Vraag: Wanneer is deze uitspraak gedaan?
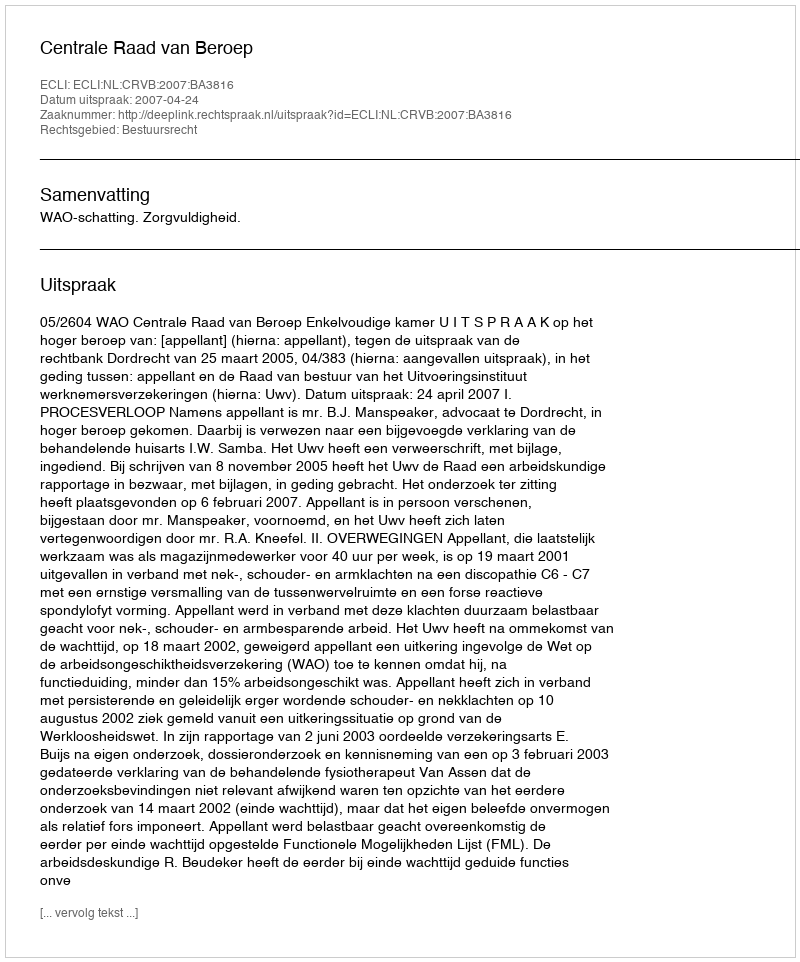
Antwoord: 2007-04-24